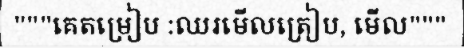
"""គេតម្រៀប :ឈរមើលត្រៀប, មើល"""